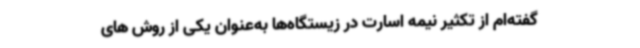
گفته‌ام از تکثیر نیمه اسارت در زیستگاه‌ها به‌عنوان یکی از روش های